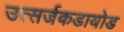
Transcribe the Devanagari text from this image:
उत्सर्जकडायोड